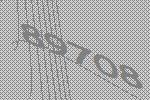
89708